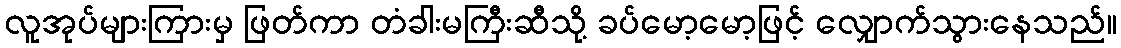
လူအုပ်များကြားမှ ဖြတ်ကာ တံခါးမကြီးဆီသို့ ခပ်မော့မော့ဖြင့် လျှောက်သွားနေသည်။